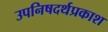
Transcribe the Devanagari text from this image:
उपनिषदर्थप्रकाश